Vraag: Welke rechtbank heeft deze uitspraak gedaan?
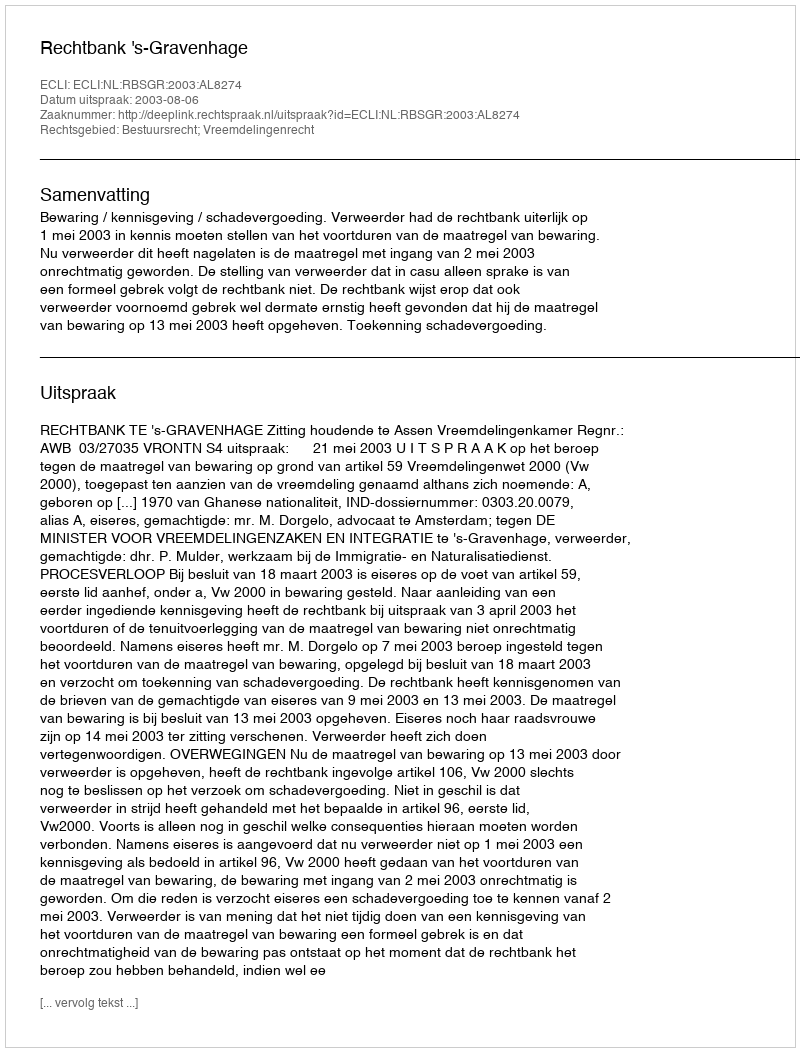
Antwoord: Rechtbank 's-Gravenhage